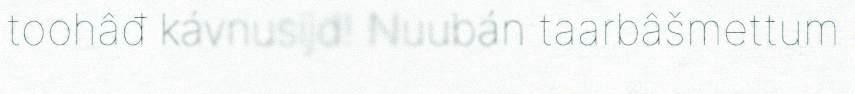
toohâđ kávnusijd! Nuubán taarbâšmettum